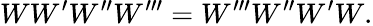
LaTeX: WW^{\prime}W^{\prime\prime}W^{\prime\prime\prime}=W^{\prime\prime\prime}W^{\prime\prime}W^{\prime}W.